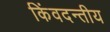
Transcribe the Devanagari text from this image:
किंवदन्तीय